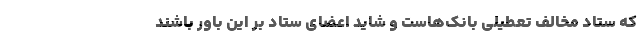
که ستاد مخالف تعطیلی بانک‌هاست و شاید اعضای ستاد بر این باور باشند